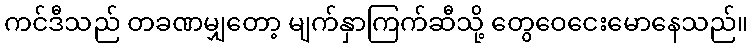
ကင်ဒီသည် တခဏမျှတော့ မျက်နှာကြက်ဆီသို့ တွေဝေငေးမောနေသည်။